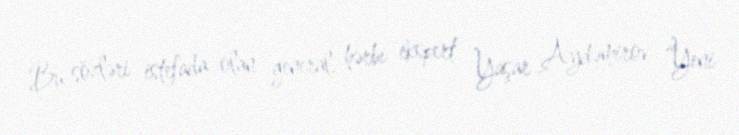
Bu sözləri istefada olan general, hərbi ekspert Yaşar Aydəmirov “Yeni